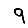
Digit: 9